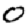
Digit: 0